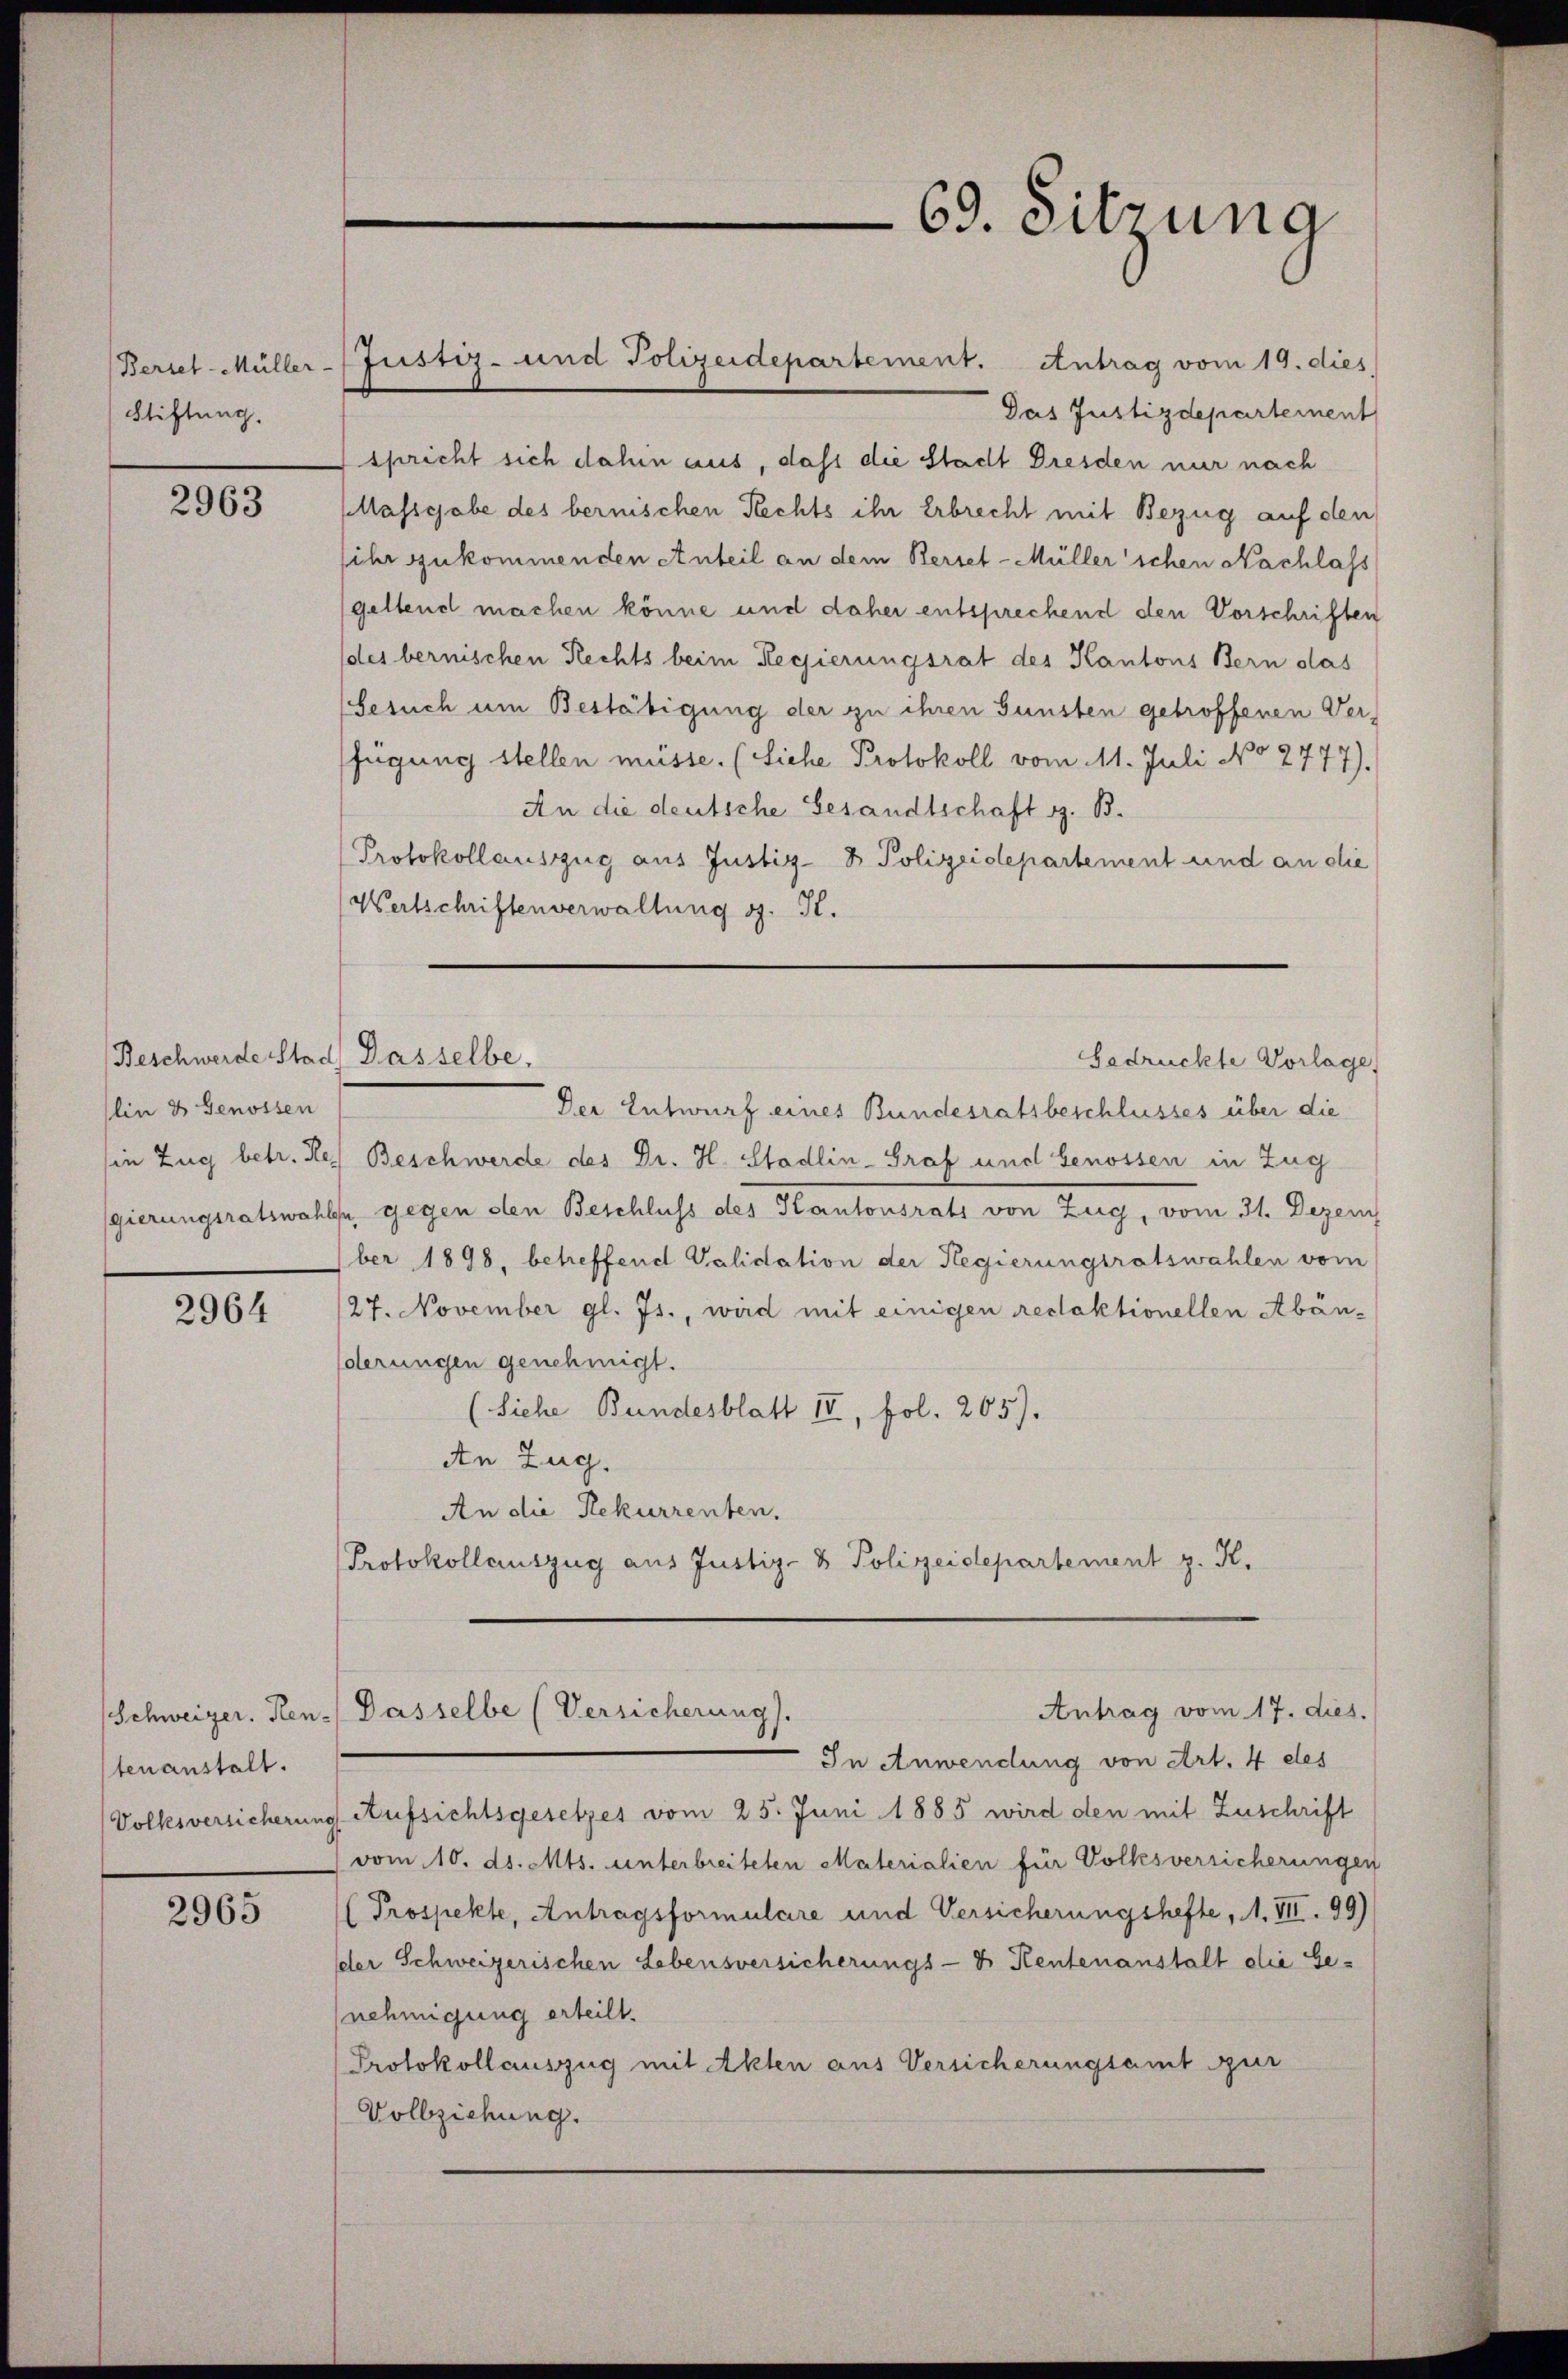
Stiftung.

2963

lin & Genossen
in Zug betr. Regierungsratswah

2964

Schweizer. Hen
tenanstalt.
Volksversicherun

2965

Bersel Müller-Justiz- und Polizeidepartement. Antrag vom 19. dies
Das Justizdepartement
spricht sich dahin aus, dass die Stadt Dresden nur nach
Classgabe des bernischen Rechts ihr Erbrecht mit Bezug auf den
sihr zukommenden Anteil an dem Berset-Müller'schen Nachlass
geltend machen könne und daher entsprechend den Vorschriften
des bernischen Rechts beim Regierungsrat des Kantons Bern das
Gesuch um Bestätigung der zu ihren Gunsten getroffenen Ver-
ffügung stellen müsse. (Siehe Protokoll vom 11. Juli No 2777).
An die deutsche Gesandtschaft z. B.
Protokollauszug aus Justiz- & Polizeidepartement und an die
Wertschriftenverwaltung d. J.

Beschwerde Stad) Dasselbe.

69. Sitzung

Gedrückte Vorlage

Der Entwurf eines Bundesratsbeschlusses über die
Beschwerde des Dr. H. Stadlin-Graf und Genossen in Zug
fe gegen den Beschluss des Kantonsrats von Zug, vom 31. Dezem
ber 1898, betreffend Validation der Regierungsratswahlen vom
/27. November gl. Js., wird mit einigen redaktionellen Abänderungen genehmigt.
(Siehe Bundesblatt II, fol. 265).
An Zug.
An die Rekurrenten.
Protokollauszug aus Justiz- & Polizeidepartement z. K.
Antrag vom 17. dies.
Dasselbe (Versicherung).
In Anwendung von Art. 4 des
g Aufsichtsgesetzes vom 25. Juni 1885 wird den mit Zuschrift
vom 10. ds. Mts. unterbreiteten Materialien für Volksversicherungen
Prospekte, Antragsformulare und Versicherungshefte, 1. VII. 99)
der Schweizerischen Lebensversicherungs- & Kentenanstalt die Genehmigung erteilt.
Protokollauszug mit Akten aus Versicherungsamt zur
Vollziehung.